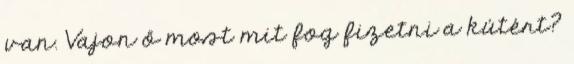
van. Vajon ő most mit fog fizetni a kútért?